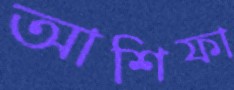
আশিফা